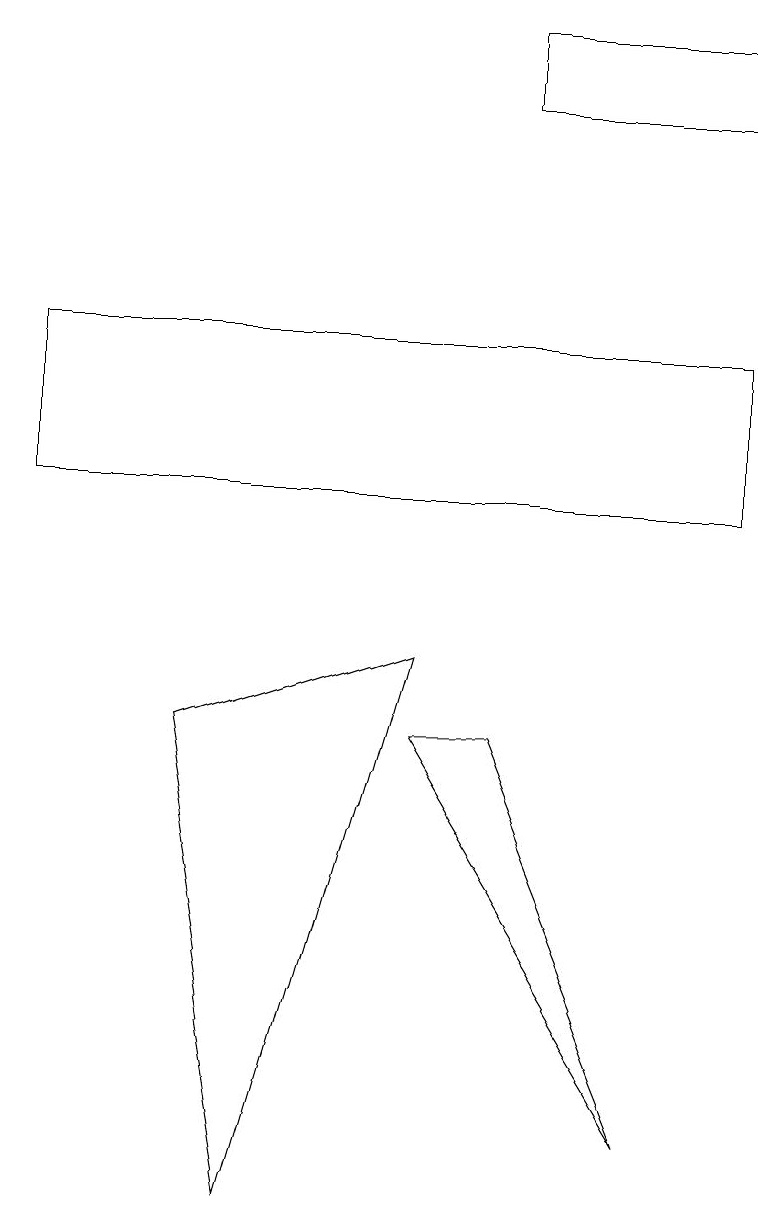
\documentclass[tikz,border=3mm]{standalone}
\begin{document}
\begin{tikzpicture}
\draw (9,10) rectangle (0,12);
\draw (5,7) -- (6,7) -- (8,2) -- cycle;
\draw (9,15) rectangle (6,16);
\draw (5,8) -- (2,7) -- (3,1) -- cycle;
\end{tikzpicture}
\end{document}